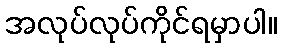
အလုပ်လုပ်ကိုင်ရမှာပါ။